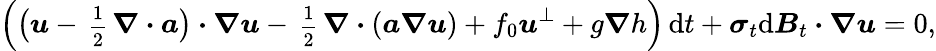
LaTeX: \Big(\big(\boldsymbol{u}-\mathrm{\scriptsize~\frac{1}{2}~}\boldsymbol{\nabla}\boldsymbol{\cdot}\boldsymbol{a}\big)\boldsymbol{\cdot}\boldsymbol{\nabla}\boldsymbol{u}-\mathrm{\scriptsize~\frac{1}{2}~}\boldsymbol{\nabla}\boldsymbol{\cdot}(\boldsymbol{a}\boldsymbol{\nabla}\boldsymbol{u})+f_{0}\boldsymbol{u}^{\perp}+g\boldsymbol{\nabla}h\Big)\, \mathrm{d}t+\boldsymbol{\sigma}_{t}\mathrm{d}\boldsymbol{B}_{t}\boldsymbol{\cdot}\boldsymbol{\nabla}\boldsymbol{u}=0,